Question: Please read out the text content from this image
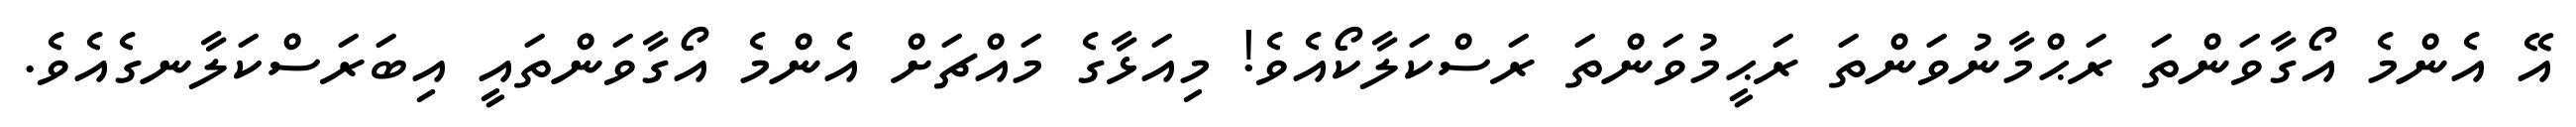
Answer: އޭ އެންމެ އޯގާވަންތަ ރަޙްމާނުވަންތަ ރަޙީމުވަންތަ ރަސްކަލާކޯއެވެ! މިއަޅާގެ މައްޗަށް އެންމެ އޯގާވަންތައީ އިބަރަސްކަލާނގެއެވެ.